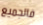
فالجميع